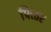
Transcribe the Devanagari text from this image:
पित्त्तर